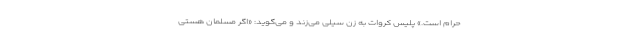
حرام است.» پلیس کروات به زن سیلی می‌زند و می‌گوید: «اگر مسلمان هستی